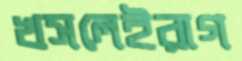
খসলেইরাগ